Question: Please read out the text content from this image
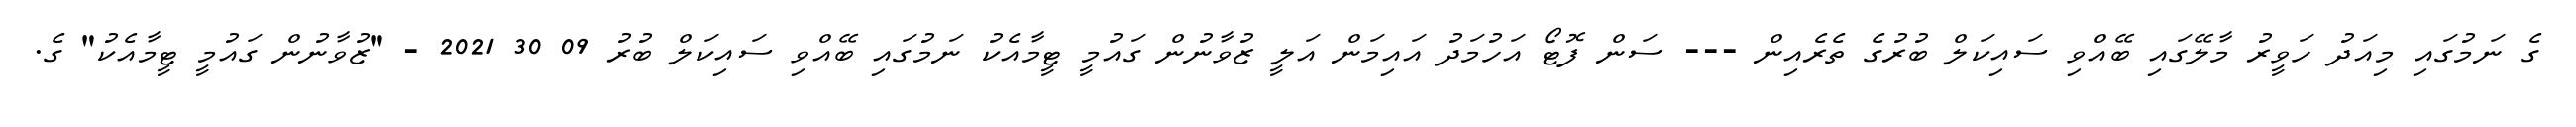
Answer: ގެ ނަމުގައި މިއަދު ހަވީރު މާލޭގައި ބޭއްވި ސައިކަލް ބުރުގެ ތެރެއިން --- ސަން ފޮޓޯ އަހުމަދު އައިމަން އަލީ ޒުވާނުން ގައުމީ ޓީމާއެކު ނަމުގައި ބޭއްވި ސައިކަލް ބުރު 09 30 2021 - "ޒުވާނުން ގައުމީ ޓީމާއެކު" ގެ.